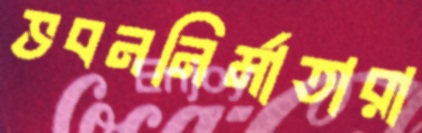
ভবননির্মাতারা